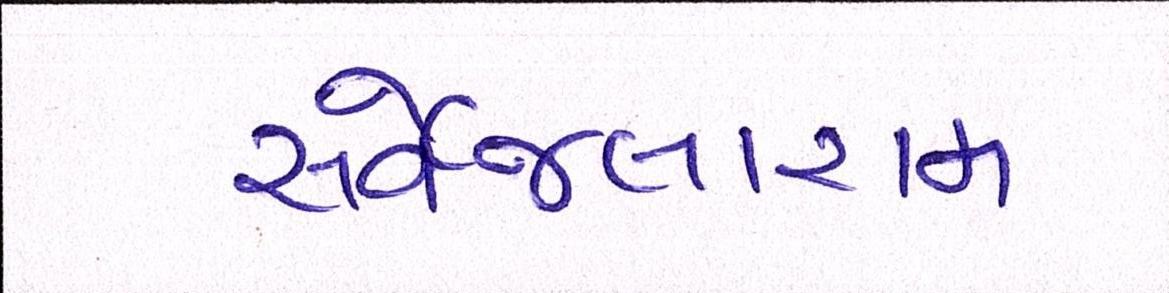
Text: સર્વેજલારામ